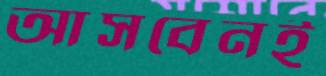
আসবেনই